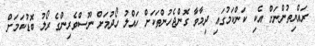
ރައްޔިތުންނަށް އެކި ކަންކަމުގައި ދިމާވާ ގޮންޖެހުންތަކަށް ހައްލު ހޯދުމަށް ނޫސްވެރިންގެ ރޯލު ބޮޑުކަމަށް